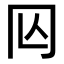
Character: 𠕈